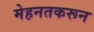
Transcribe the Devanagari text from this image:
मेहनतकरून